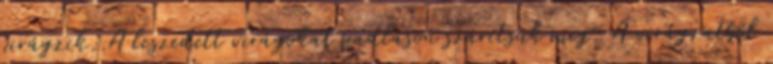
virágzik. A leszedett virágokat padláson szárítsuk meg. A virágzatból